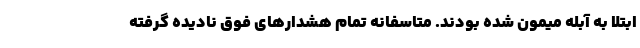
ابتلا به آبله میمون شده بودند. متاسفانه تمام هشدارهای فوق نادیده گرفته